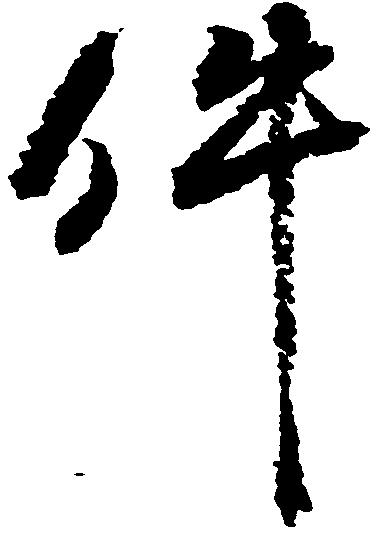
件